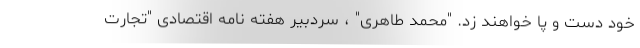
خود دست و پا خواهند زد. "محمد طاهری" ، سردبیر هفته نامه اقتصادی "تجارت